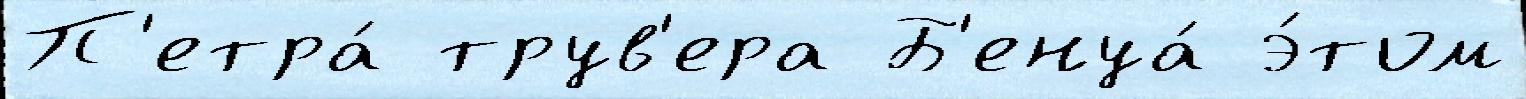
П'етра́ трув'ера Б'енуа́ э́том